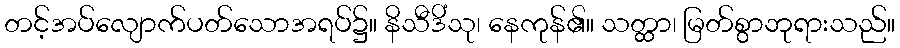
တင့်အပ်လျောက်ပတ်သောအရပ်၌။ နိသီဒိံသု၊ နေကုန်၏။ သတ္ထာ၊ မြတ်စွာဘုရားသည်။